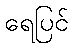
ရေပြင်